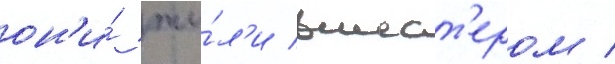
он'и́ жи́л'и вшест'ером /